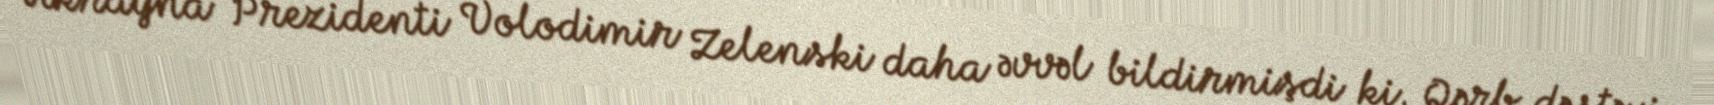
Ukrayna Prezidenti Volodimir Zelenski daha əvvəl bildirmişdi ki, Qərb dəstəyi